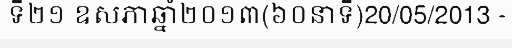
ទី២១ ឧសភាឆ្នាំ២០១៣(៦០នាទី)20/05/2013 -